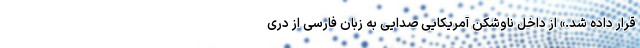
قرار داده شد.» از داخل ناوشکن آمریکایی صدایی به زبان فارسی از دری